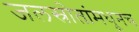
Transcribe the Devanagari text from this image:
जलस्रोतांमधूनच